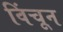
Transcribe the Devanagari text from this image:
विंचून